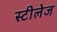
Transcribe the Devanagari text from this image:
स्टीलेज